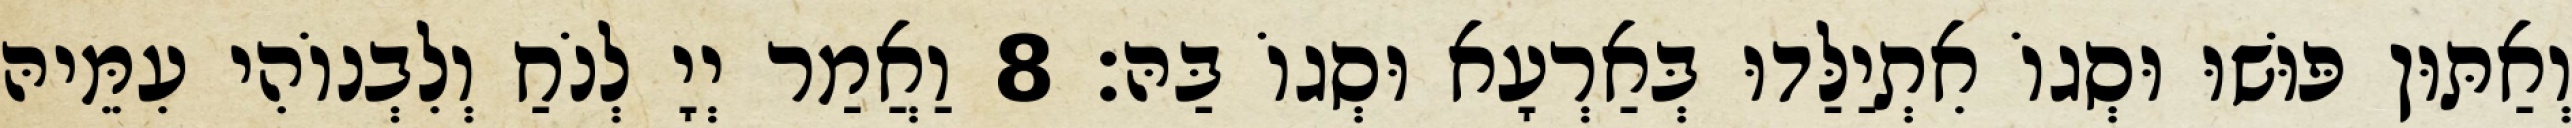
וְאַתּוּן פּוּשׁוּ וּסְגוֹ אִתְיַלַּדוּ בְּאַרְעָא וּסְגוֹ בַּהּ׃ 8 וַאֲמַר יְיָ לְנֹחַ וְלִבְנוֹהִי עִמֵּיהּ